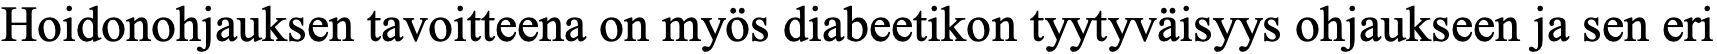
Hoidonohjauksen tavoitteena on myös diabeetikon tyytyväisyys ohjaukseen ja sen eri